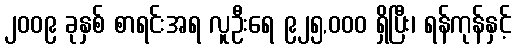
၂၀၀၉ ခုနှစ် စာရင်းအရ လူဦးရေ ၉၂၅,၀၀၀ ရှိပြီး၊ ရန်ကုန်နှင့်